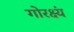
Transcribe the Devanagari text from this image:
गोरक्ष्यं